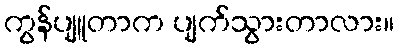
ကွန်ပျူတာက ပျက်သွားတာလား။